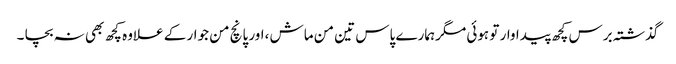
گذشتہ برس کچھ پیداوار تو ہوئی مگرہمارے پاس تین من ماش ،اور پانچ من جوار کے علاوہ کچھ بھی نہ بچا ۔